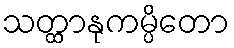
သတ္ထာနုကမ္ပိတော